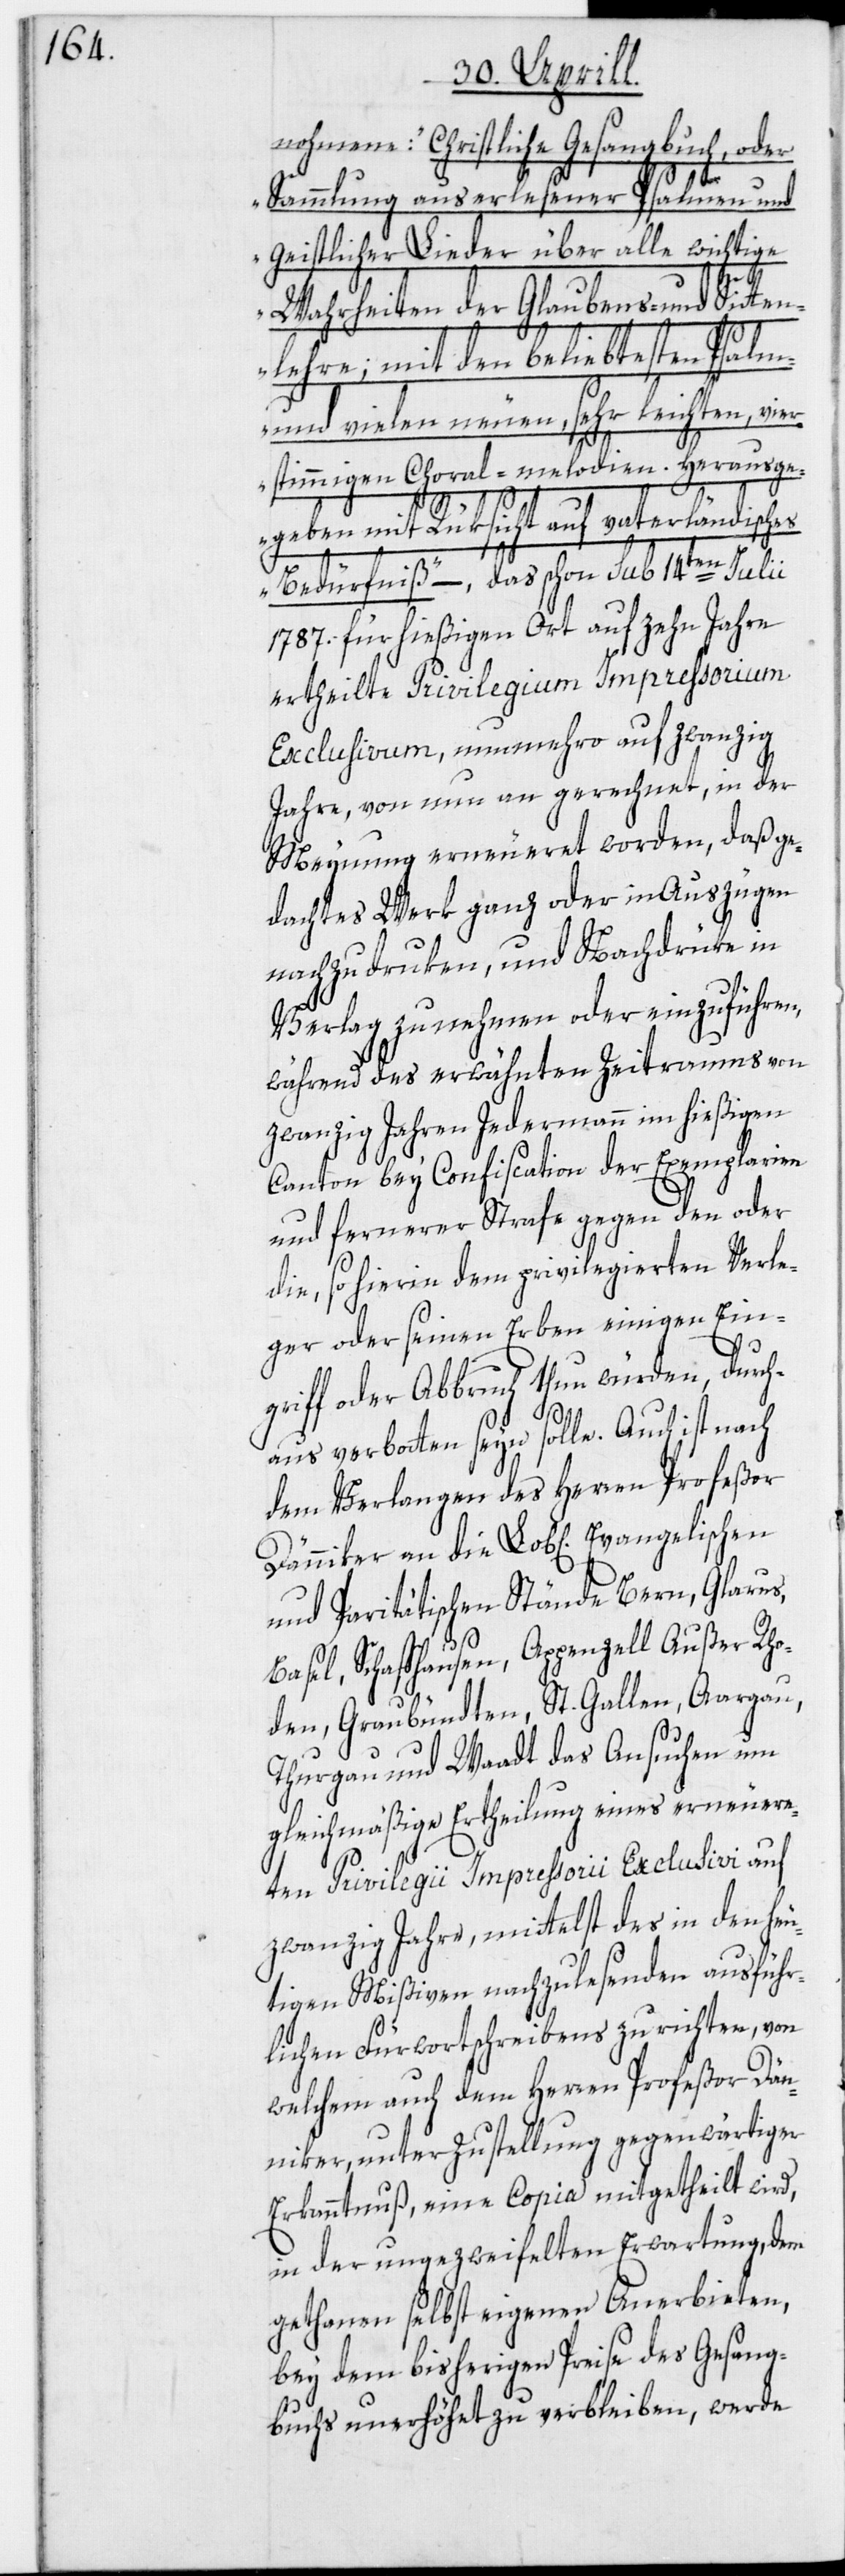
nohmene: „Christliche Gesangbuch, oder
Sammlung auserlesener Psalmen und
geistlicher Lieder über alle wichtige
Wahrheiten der Glaubens- und Sitten¬
lehre; mit den beliebtesten Psalm-
und vielen neuen, sehr leichten, vier¬
stimmigen Choral-melodien. Herausge¬
geben mit Rüksicht auf vaterländisc¬
Bedürfnis“ –, das schon sub 14ten Julii
1787. für hießigen Ort auf zehn Jahre
ertheilte Privilegium Impressorium
Exclusivum, nunmehro auf zwanzig
Jahre, von nun an gerechnet, in der
Meynung erneueret worden, daß ge¬
dachtes Werk ganz oder in Auszügen
nachzudruken, und Nachdrüke in
Verlag zu nehmen oder einzuführen,
während des erwähnten Zeitraums von
zwanzig Jahren Jedermann im hießigen
Canton bey Confiscation der Exemplarien
und fernerer Strafe gegen den oder
die, so hierin dem privilegierten Verle¬
ger oder seinen Erben einigen Ein¬
griff oder Abbruch thun würden, durch¬
aus verbotten seyn solle. Auch ist nach
dem Verlangen des Herren Profeßor
Dänniker an die Lob[lichen] Evangelischen
und Paritätischen Stände Bern, Glarus,
hes
Basel, Schaffhausen, Appenzell Außer Rho¬
den, Graubündten, St. Gallen, Aargau,
Thurgau und Waadt das Ansuchen um
gleichmäßige Ertheilung eines erneuere¬
ten Privilegii Impressorii Exclusivi auf
zwanzig Jahre, mittelst des in den heu¬
tigen Mißiven nachzulesenden ausführ¬
lichen Fürwortschreibens zu richten, von
welchem auch dem Herren Profeßor Dän¬
niker, unter Zustellung gegenwärtiger
Erkanntnuß, eine Copia mitgetheilt wird,
in der ungezweifelten Erwartung, dem
gethanen selbst eigenen Anerbieten,
bey dem bisherigen Preise des Gesang¬
buchs unerhöhet zu verbleiben, werde